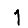
Digit: 1